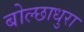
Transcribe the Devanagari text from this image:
बोल्छाधुरा